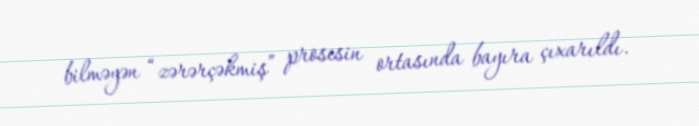
bilməyən “zərərçəkmiş” prosesin ortasında bayıra çıxarıldı.